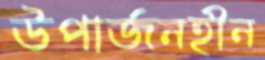
উপার্জনহীন